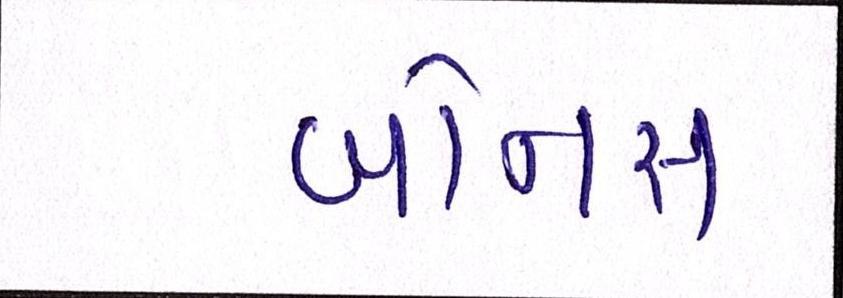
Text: બોનસ